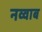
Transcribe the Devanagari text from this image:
नव्वाब